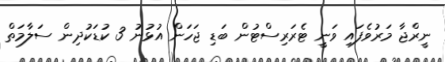
ނީރްޖާ މަރުވެފައި ވަނީ ޓެރަރިސްޓުން ބަޑި ޖަހަން އުޅުނު 3 ކުޑަކުދިން ސަލާމަތް